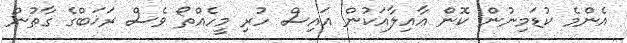
އެންމެ ކުޑަމިނުން ކޮން ޢާއިލާއަކުން އައިސް ހުރި މީހެއްތޯ ވެސް ރަޚަބްގެ ގާތުން